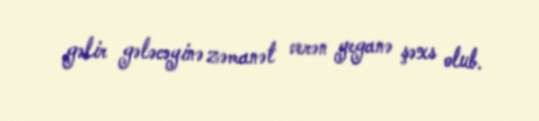
gəlir gələcəyinə zəmanət verən yeganə şəxs olub.